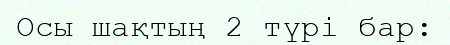
Осы шақтың 2 түрі бар: